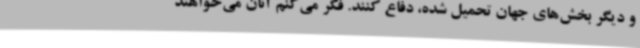
و دیگر بخش‌های جهان تحمیل شده، دفاع کنند. فکر می‌کنم آنان می‌خواهند